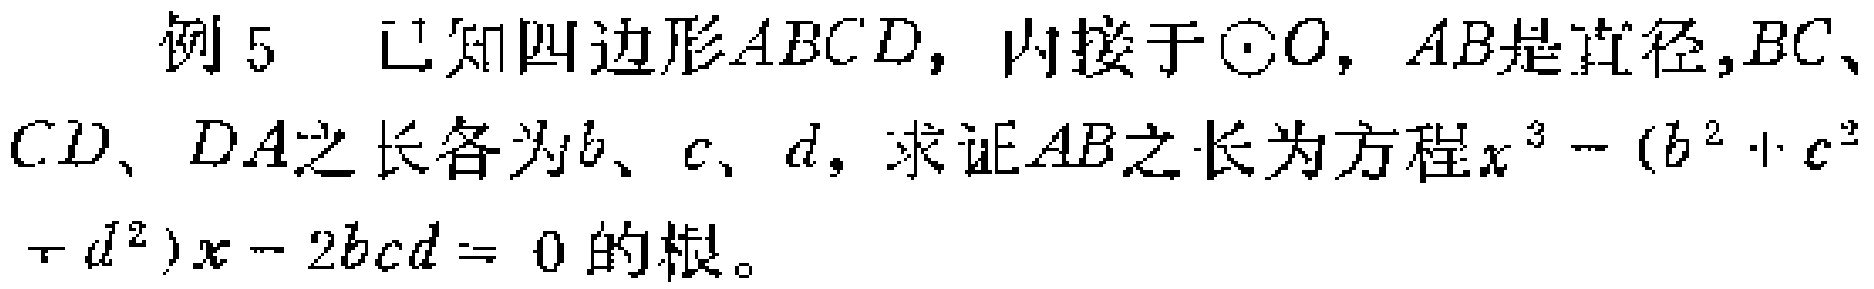
例 5 已知四边形\(ABCD\)，内接于\(\odot O\)，\(AB\)是直径，\(BC\)、\(CD\)、\(DA\)之长各为\(b\)、\(c\)、\(d\)，求证\(AB\)之长为方程\(x^{3}-(b^{2}+c^{2}+d^{2})x - 2bcd = 0\)的根。